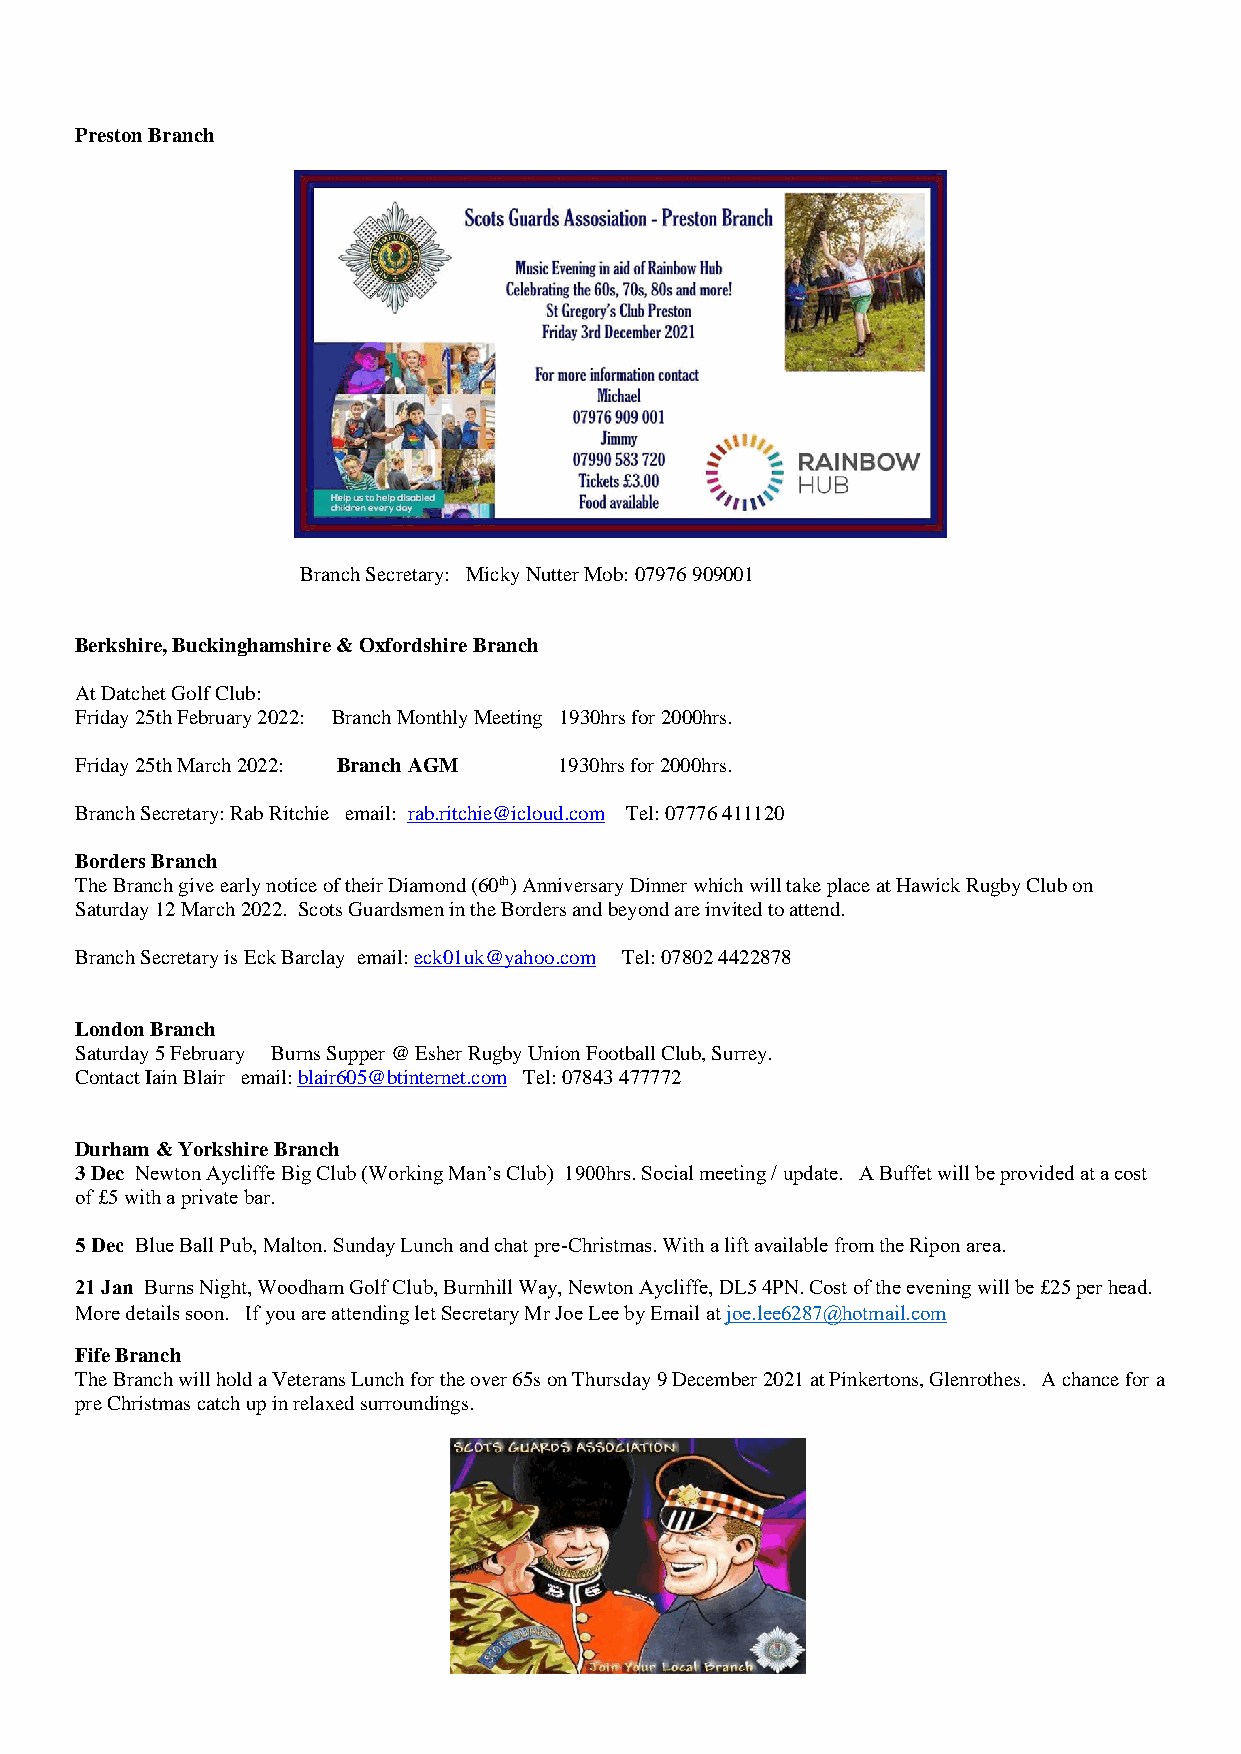
Preston Branch
 Branch Secretary: Micky Nutter Mob: 07976 909001
 Berkshire, Buckinghamshire & Oxfordshire Branch
 At Datchet Golf Club:
 Friday 25th February 2022: Branch Monthly Meeting 1930hrs for 2000hrs.
 Friday 25th March 2022: Branch AGM 1930hrs for 2000hrs.
 Branch Secretary: Rab Ritchie email: rab.ritchie@icloud.com Tel: 07776 411120
 Borders Branch
 The Branch give early notice of their Diamond (60th) Anniversary Dinner which will take place at Hawick Rugby Club on
 Saturday 12 March 2022. Scots Guardsmen in the Borders and beyond are invited to attend.
 Branch Secretary is Eck Barclay email: eck01uk@yahoo.com Tel: 07802 4422878
 London Branch
 Saturday 5 February Burns Supper @ Esher Rugby Union Football Club, Surrey.
 Contact Iain Blair email: blair605@btinternet.com Tel: 07843 477772
 Durham & Yorkshire Branch
 3 Dec Newton Aycliffe Big Club (Working Man’s Club) 1900hrs. Social meeting / update. A Buffet will be provided at a cost
 of £5 with a private bar.
 5 Dec Blue Ball Pub, Malton. Sunday Lunch and chat pre-Christmas. With a lift available from the Ripon area.
 21 Jan Burns Night, Woodham Golf Club, Burnhill Way, Newton Aycliffe, DL5 4PN. Cost of the evening will be £25 per head.
 More details soon. If you are attending let Secretary Mr Joe Lee by Email at joe.lee6287@hotmail.com
 Fife Branch
 The Branch will hold a Veterans Lunch for the over 65s on Thursday 9 December 2021 at Pinkertons, Glenrothes. A chance for a
 pre Christmas catch up in relaxed surroundings.